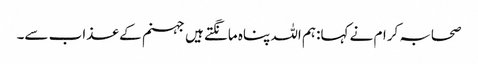
صحابہ کرام نے کہا:ہم اللہ پناہ مانگتے ہیں جہنم کے عذاب سے۔